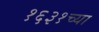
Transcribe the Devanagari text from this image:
१६३१च्या